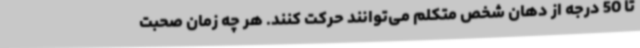
تا 50 درجه از دهان شخص متکلم می‌توانند حرکت کنند. هر چه زمان صحبت